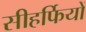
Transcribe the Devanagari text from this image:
सीहर्फियों